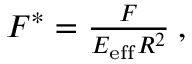
\begin{array} { r } { F ^ { * } = \frac { F } { E _ { \mathrm { e f f } } R ^ { 2 } } \: , } \end{array}